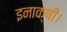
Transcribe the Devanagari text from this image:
इनाक्षी।